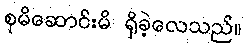
စုမိဆောင်းမိ ရှိခဲ့လေသည်။